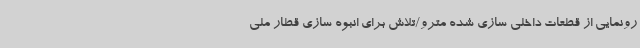
رونمایی از قطعات داخلی سازی شده مترو/تلاش برای انبوه سازی قطار ملی